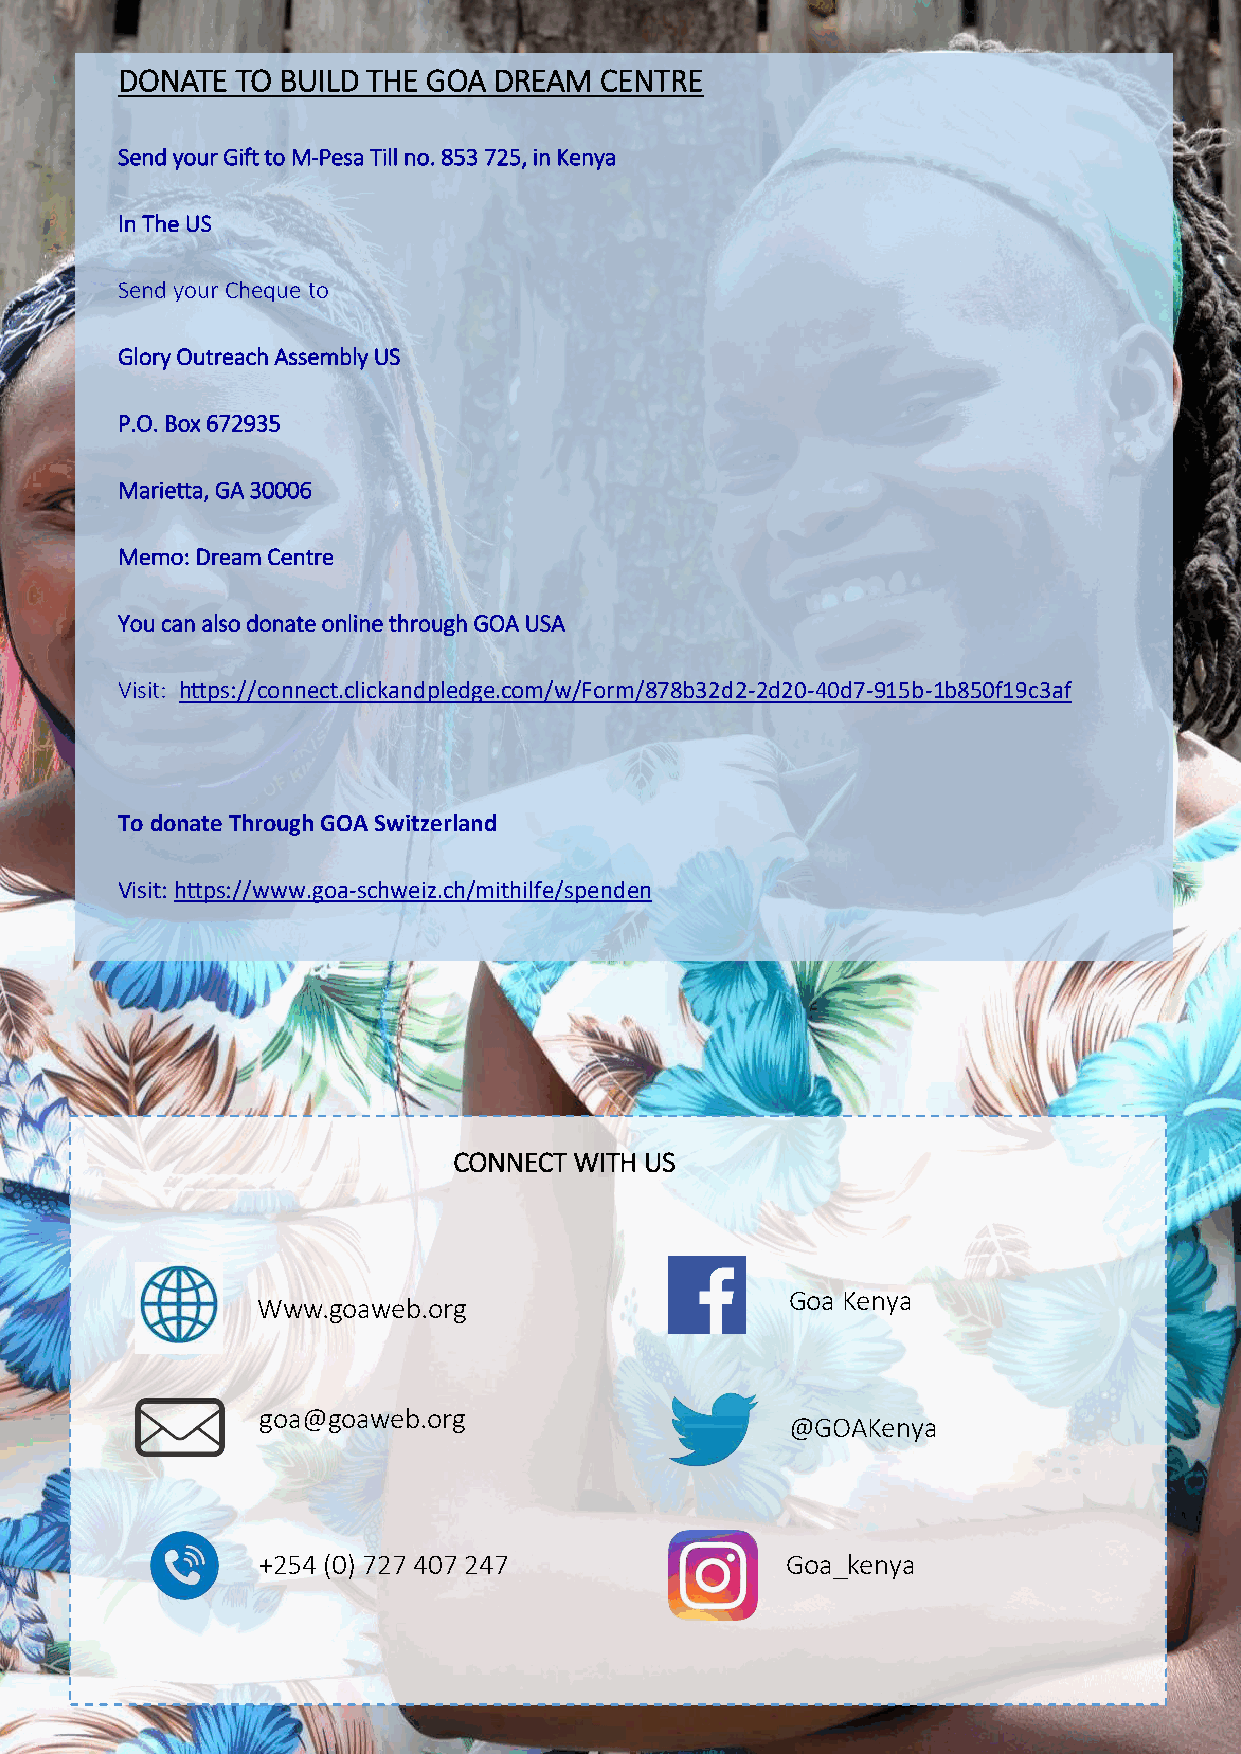
DONATE  TO BUILD THE GOA DREAM  CENTRE
 Send your Gift to M-Pesa Till no. 853 725, in Kenya
 In The US
 Send your Cheque to
 Glory Outreach Assembly US
 P.O. Box 672935
 Marietta, GA 30006
 Memo: Dream Centre
 You can also donate online through GOA USA
 Visit: https://connect.clickandpledge.com/w/Form/878b32d2-2d20-40d7-915b-1b850f19c3af
 To donate Through GOA Switzerland
 Visit: https://www.goa-schweiz.ch/mithilfe/spenden
 CONNECT WITH US
 Goa Kenya
 Www.goaweb.org
 goa@goaweb.org
 @GOAKenya
 +254 (0) 727 407 247               Goa_kenya